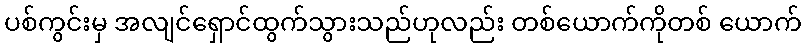
ပစ်ကွင်းမှ အလျင်ရှောင်ထွက်သွားသည်ဟုလည်း တစ်ယောက်ကိုတစ် ယောက်